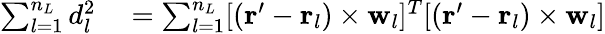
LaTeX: \begin{array}{rl}{\sum_{l=1}^{n_{L}}d_{l}^{2}}&{{}=\sum_{l=1}^{n_{L}}[(\mathbf{r}^{\prime}-\mathbf{r}_{l})\times\mathbf{w}_{l}]^{T}[(\mathbf{r}^{\prime}-\mathbf{r}_{l})\times\mathbf{w}_{l}]}\end{array}